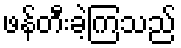
ဖန်တီးခဲ့ကြသည်